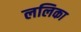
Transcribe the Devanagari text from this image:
ललिका